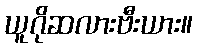
ယူဂိုဆလားဗီးယား။